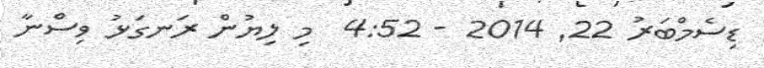
ޑިސެމްބަރު 22